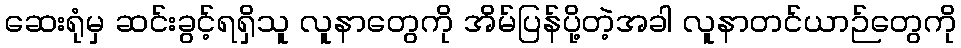
ဆေးရုံမှ ဆင်းခွင့်ရရှိသူ လူနာတွေကို အိမ်ပြန်ပို့တဲ့အခါ လူနာတင်ယာဉ်တွေကို